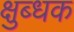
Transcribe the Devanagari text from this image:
क्षुब्धक